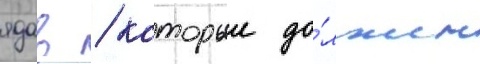
ядав / которыи до́лжен